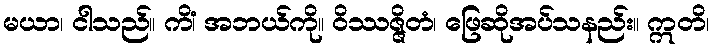
မယာ၊ ငါသည်။ ကိံ၊ အဘယ်ကို။ ဝိဿဇ္ဇိတံ၊ ဖြေဆိုအပ်သနည်း။ ဣတိ၊